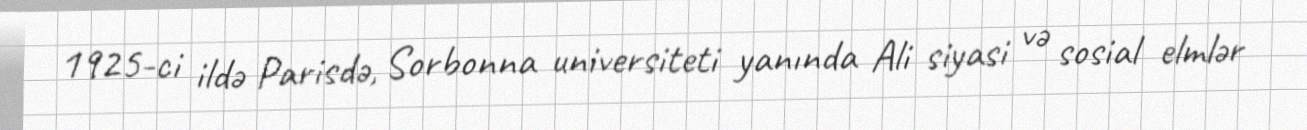
1925-ci ildə Parisdə, Sorbonna universiteti yanında Ali siyasi və sosial elmlər